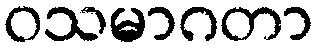
ဝသမာဂတာ